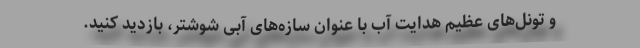
و تونل‌های عظیم هدایت آب با عنوان سازه‌های آبی شوشتر، بازدید کنید.